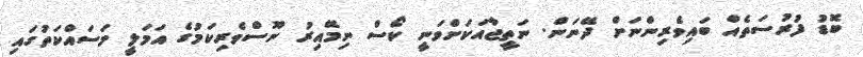
ބޮޑު ފުރުސަތެއް ބައިވެރިންނަށް ދޭނަން. ނަތީޖާއަކަށްވަނީ ކޯސް ނިމޭއިރު ނޫސްވެރިކަމުގެ އަމަލީ މަސައްކަތުގައި